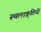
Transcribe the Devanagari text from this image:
स्थलाक्र्तियों